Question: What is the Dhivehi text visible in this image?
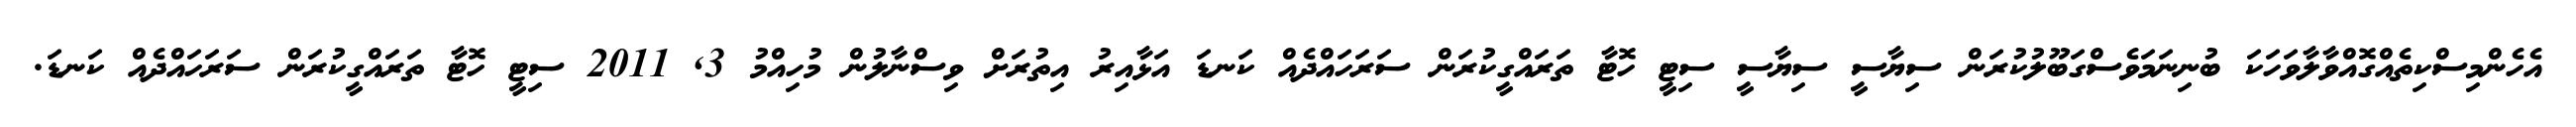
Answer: އެހެންމިސްކިތެއްގޮއްވާލާވަހަކަ ބުނިނަމަވެސްގަބޫލުކުރަން ސިޔާސީ ސިޔާސީ ސިޓީ ހޮޓާ ތަރައްގީކުރަން ސަރަހައްދެއް ކަނޑަ އަޅާއިރު އިތުރަށް ވިސްނާލުން މުހިއްމު 3, 2011 ސިޓީ ހޮޓާ ތަރައްގީކުރަން ސަރަހައްދެއް ކަނޑަ.